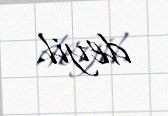
deyil.